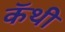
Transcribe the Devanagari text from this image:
कॅथी